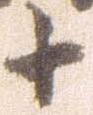
十